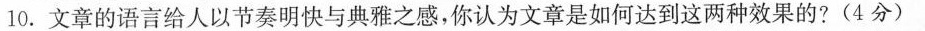
10.文章的语言给人以节奏明快与其雅之感。你认为文章是如何达到这两冲效果的?(4分)。